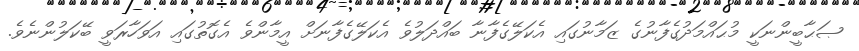
ޞަޙާބީންނަކީ މުޙައްމަދުގެފާނުގެ ޒަމާނުގައި އެކަލޭގެފާނާ ބައްދަލުވެ އެކަލޭގެފާނަށް އީމާންވެ އެގޮތުގައި އަވަހާރަވީ ބޭކަލުންނެވެ.